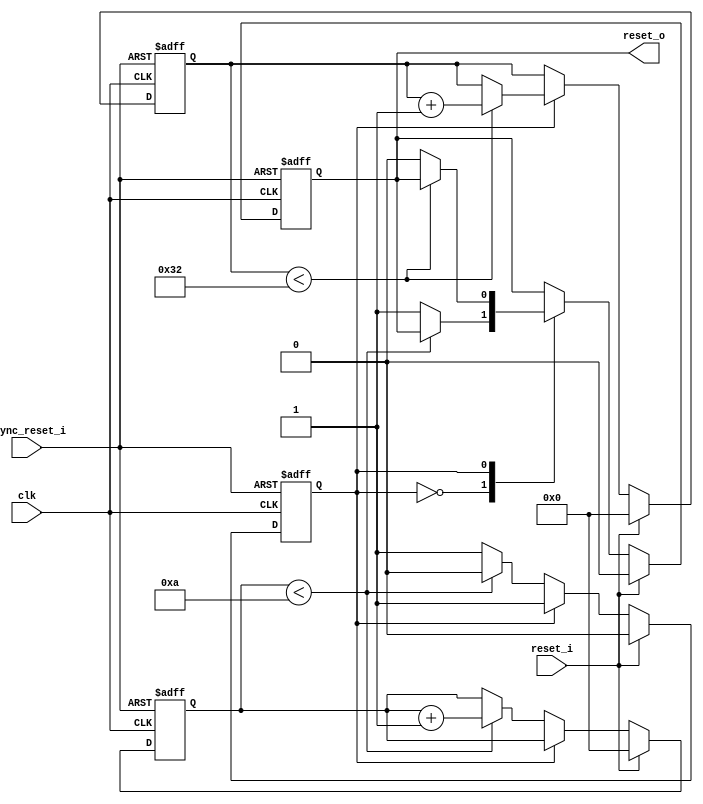
module reset_block(
    clk, async_reset_i, reset_i, reset_o
  );

  input  clk;
  input  async_reset_i;
  input  reset_i;
  output reset_o;
  parameter DELAY = 10;
  parameter WIDTH = 50;

  reg [31:0] delay_counter;
  reg [31:0] width_counter;

  reg reset_o_reg;
  assign reset_o = reset_o_reg;

  reg state;

  always @(posedge clk or posedge async_reset_i) begin

    if (async_reset_i) begin
      delay_counter <= 32'b0;
      width_counter <= 32'b0;
      reset_o_reg   <= 1'b0;
      state         <= 0;
`ifdef DEBUG
      $display("rb: got async reset");
`endif
    end else begin
      if (reset_i) begin
`ifdef DEBUG
        $display("rb: got sync reset");
`endif
        delay_counter <= 32'b0;
        width_counter <= 32'b0;
        reset_o_reg   <= 1'b0;
        state         <= 0;
      end else begin
        case (state)
          0: begin
            if (delay_counter < DELAY) begin
              delay_counter <= delay_counter + 1;
            end else begin
              reset_o_reg <= 1'b1;
              state <= 1;
            end
          end
          1: begin
            if (width_counter < WIDTH) begin
              width_counter <= width_counter + 1;
            end else begin
              reset_o_reg <= 1'b0;
            end
          end
        endcase
      end
    end
  end

endmodule